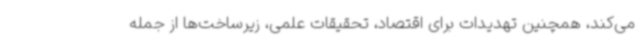
می‌کند، همچنین تهدیدات برای اقتصاد، تحقیقات علمی، زیرساخت‌ها از جمله